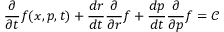
\frac { \partial } { \partial t } f ( x , p , t ) + \frac { d r } { d t } \frac { \partial } { \partial r } f + \frac { d p } { d t } \frac { \partial } { \partial p } f = \mathcal { C }